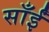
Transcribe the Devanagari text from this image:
साँईं